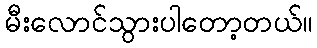
မီးလောင်သွားပါတော့တယ်။